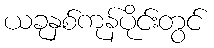
ယခုနှစ်ကုန်ပိုင်းတွင်